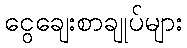
ငွေချေးစာချုပ်များ